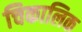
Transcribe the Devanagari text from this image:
चिकालिक